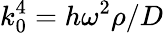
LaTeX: k_{0}^{4}=h\omega^{2}\rho/D